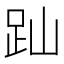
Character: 䟖